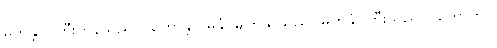
မဟန္တာ၊ ကြီးကုန်သည်။ (ဟောန္တိ၊) မုခံ၊ မျက်နှာသည်။ မဟန္တံ၊ ကြီးသည်။ (ဟောတိ၊)